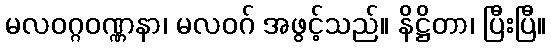
မလဝဂ္ဂဝဏ္ဏနာ၊ မလဝဂ် အဖွင့်သည်။ နိဋ္ဌိတာ၊ ပြီးပြီ။